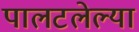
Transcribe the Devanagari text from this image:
पालटलेल्या